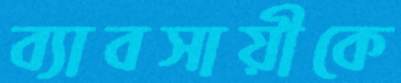
ব্যাবসায়ীকে